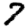
Digit: 7